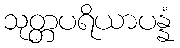
သုတ္တပရိယာပန္နံ